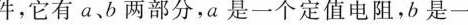
件，它有a、b两部分，a是一个定值电阻，b是一